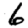
Digit: 6